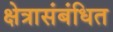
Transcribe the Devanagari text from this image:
क्षेत्रासंबंधित